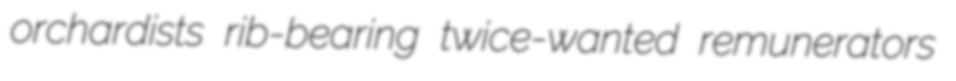
orchardists rib-bearing twice-wanted remunerators